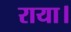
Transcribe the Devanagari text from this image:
राया।